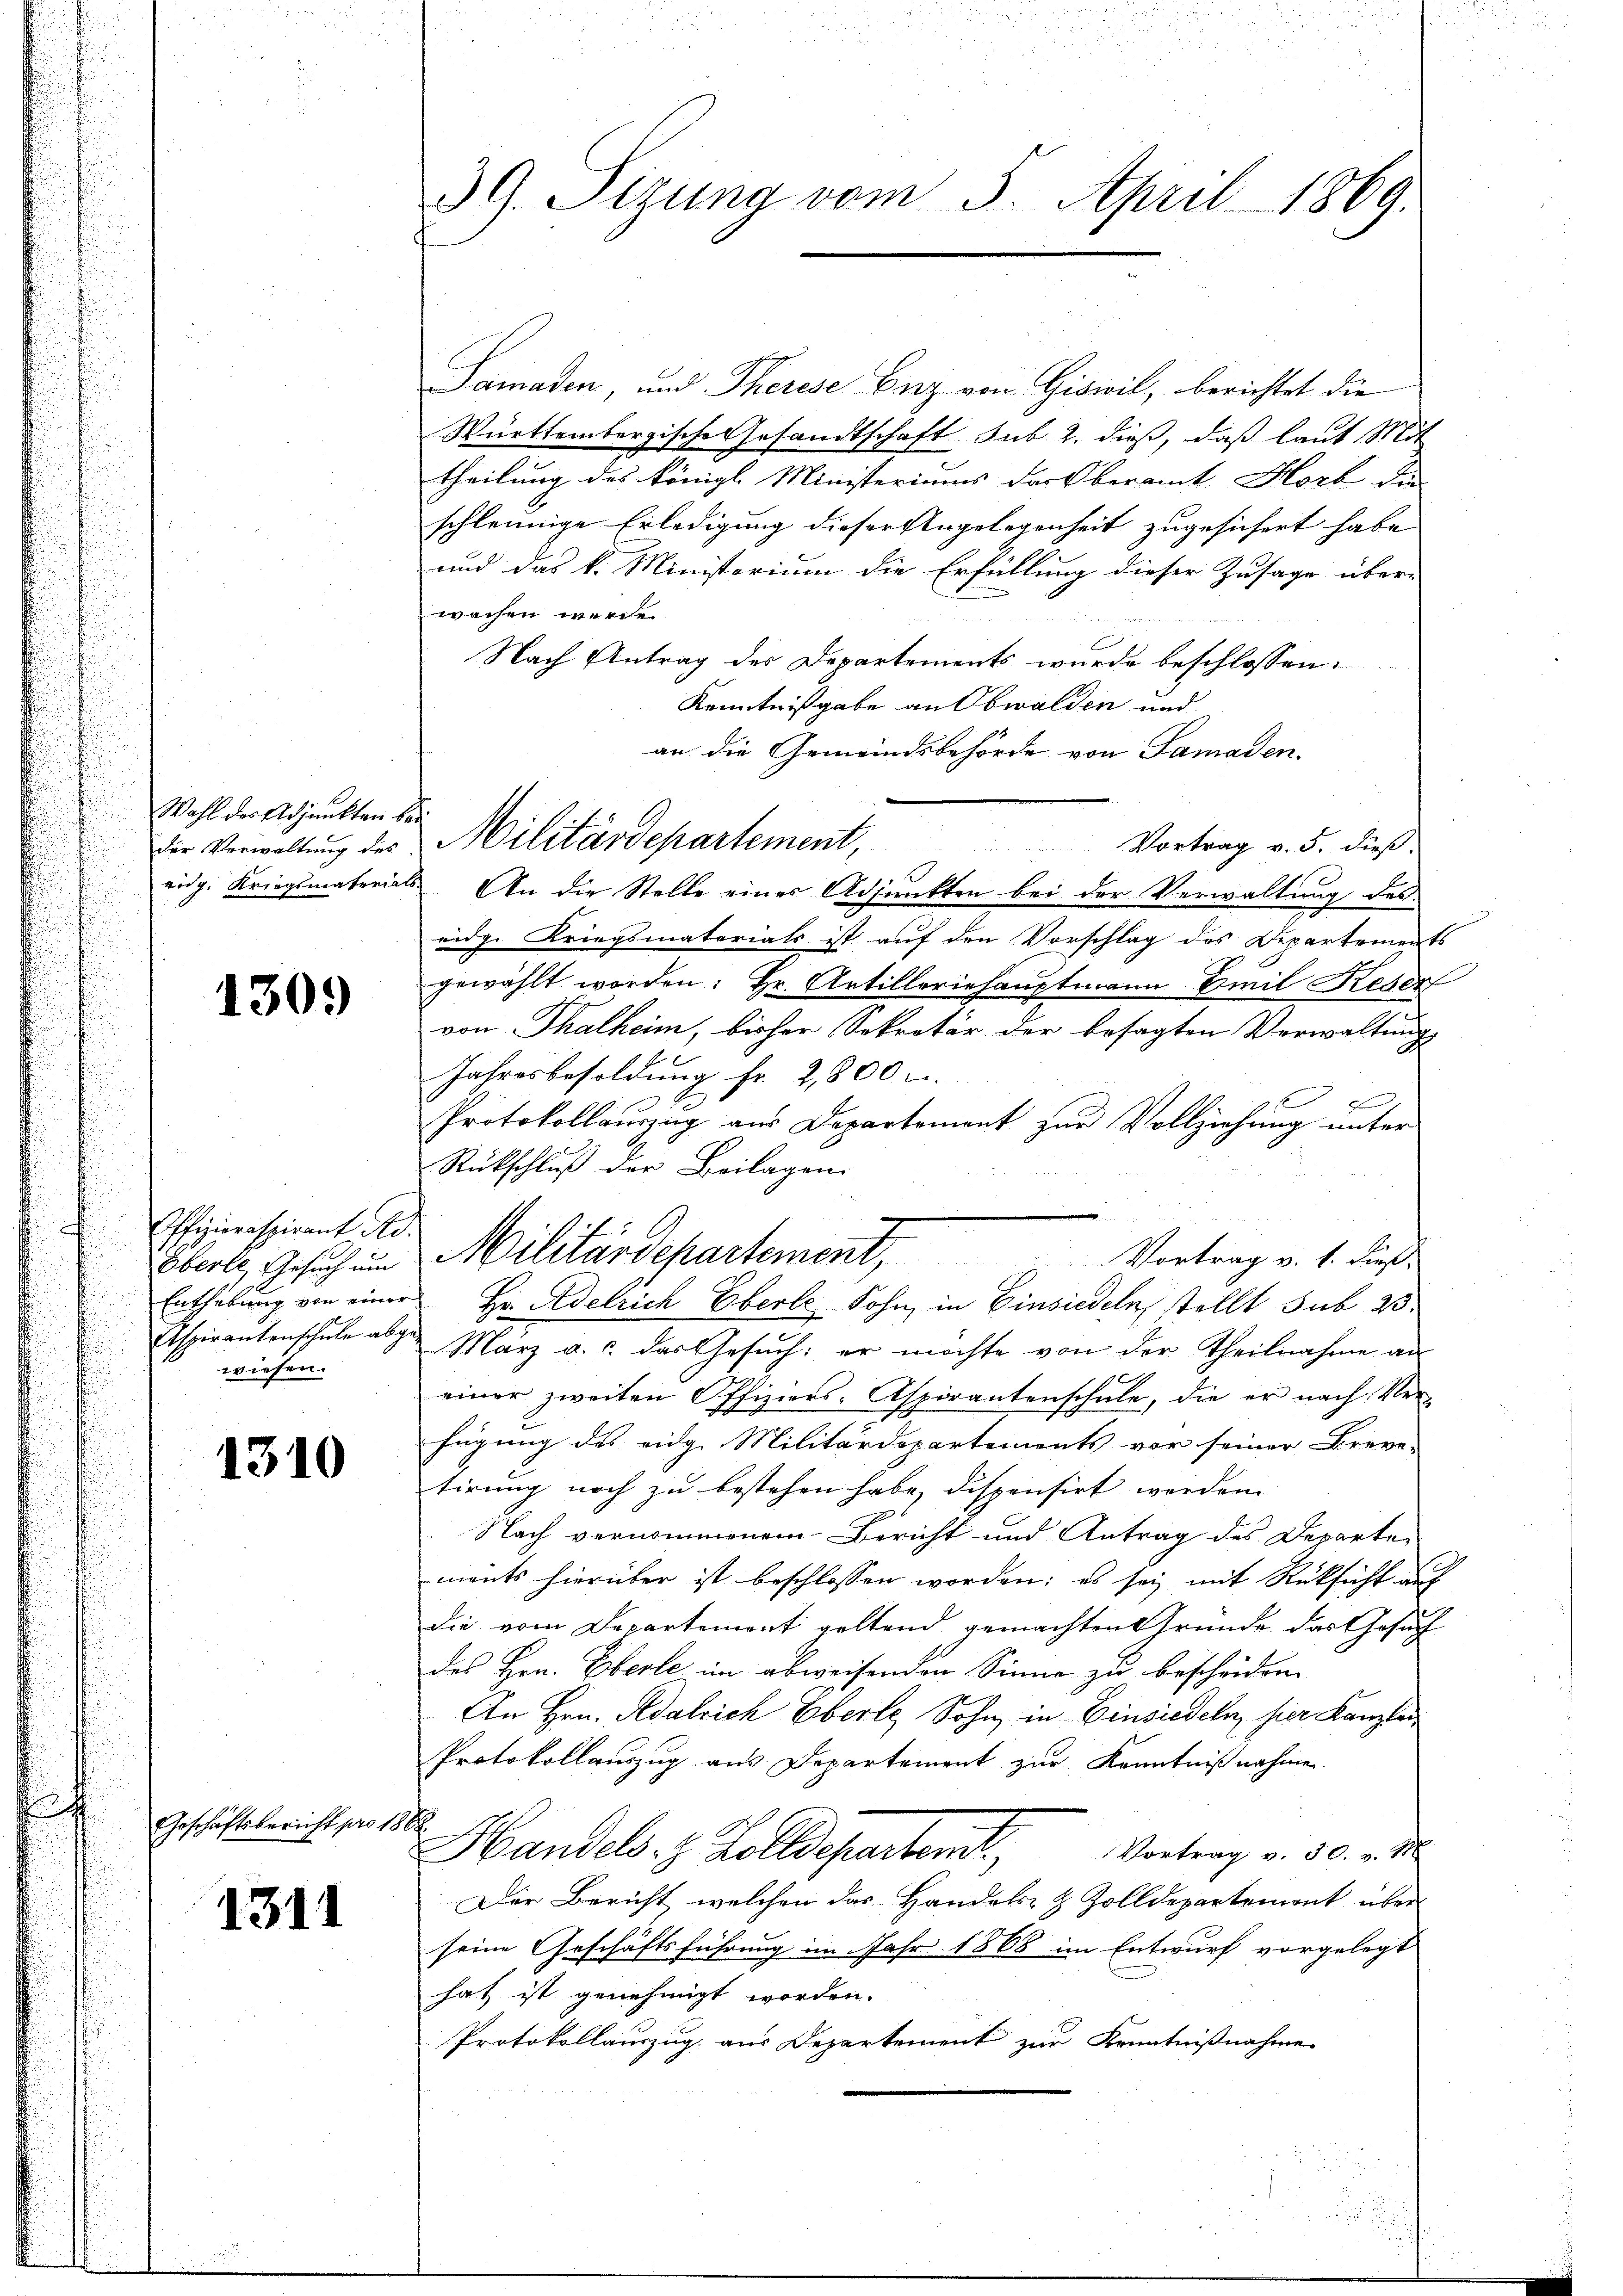
Wahl der Adjunkten bei

1309)

Offizieraspirant No.
Oberle, Gesuch um
Aspirantenschule abge-
wiesen.

1310

Geschäftsbericht pro 18

1311

39. Sizung vom 5. April 1869.

Samaden, und Therese Erz von Giswil, berichtet die
Württembergische Gesandtschaft sub 2. dieß, daß laut Mit
theilung des königl. Ministeriums das Oberamt Horb der
schleunige Erledigung dieser Engelegenheit zugesichert habe,
und das k. Ministorium die Erfüllung dieser Zusage über-
wachen werde
Nach Antrag des Departements wurde beschlossen:
Kenntnißgabe an Obwalden und
an die Gemeindsbehörde von Samaden.
Vortrag v. 5. dieß.
2
eidg. Kriegsmaterials. An die Stelle eines Adjunkten bei der Verwaltung des
eidge Kriegsmaterials ist auf den Vorschlag des Departements
gewählt worden: Hr. Artilleriehauptmann Emil Keser
von Thalheim, bisher Sekretär der besagten Verwaltung
Jahresbesoldung fr. 2,800
d
Protokollauszug aus Departement zur Vollziehung unter
Rückschluß der Beilagen.
Militärdepartement, Vertrag v. 6. die
Enthebung von einer Hr. Adelrich Eberle Sohn, in Einsiedeln stellt sub 25.
März a. c. das Gesuch; er möchte von der Theilnahme an
einer zweiten Offiziers-Aspirantenschule, die er nach Ver-
fügung des eidg. Militärdepartements vor seiner Breve-
tirung noch zu bestehen habe, dispensirt werden.
Nach vernommenem Bericht und Antrag des Departe
ments hierüber ist beschlossen worden; es sei, mit Rüksicht auf
die vom Departement geltend gemachten Gründe das Gesuch
des Hrn. Eberle im abweisenden Sinne zu bescheiden.
An Hrn. Adalrich Eberle, Sohn in Einsiedeln hier Kanzlei
Protokollauszug aus Departement zur Kenntnißnahme
d
Handels. z. Zolldepartement, Vortrag v. 30. v.
E
Der Bericht, welchen das Handels- & Zolldepartemont über
seine Geschäftsführung im Jahr 1868 im Entwurf vorgelegt
hat ist genehmigt worden.
Protokollauszug aus Departement zur Kenntnißnahme

Der Verwaltung des Militärdepartement,